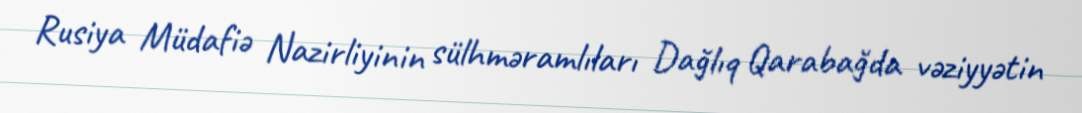
Rusiya Müdafiə Nazirliyinin sülhməramlıları Dağlıq Qarabağda vəziyyətin